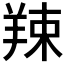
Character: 𦎏